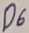
Text: D6